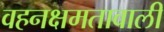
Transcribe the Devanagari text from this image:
वहनक्षमतावाली